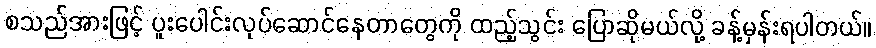
စသည်အားဖြင့် ပူးပေါင်းလုပ်ဆောင်နေတာတွေကို ထည့်သွင်း ပြောဆိုမယ်လို့ ခန့်မှန်းရပါတယ်။